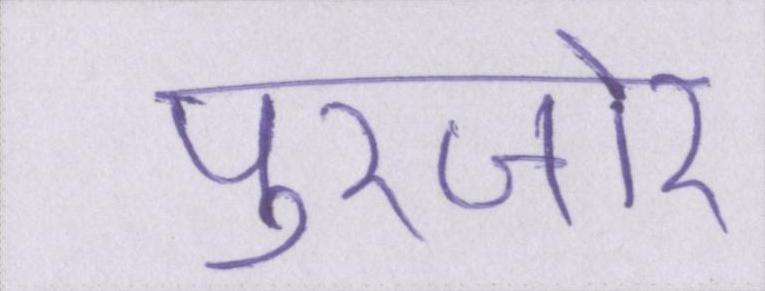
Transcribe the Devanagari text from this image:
पुरजोर